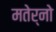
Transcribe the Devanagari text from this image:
मतेर्नो